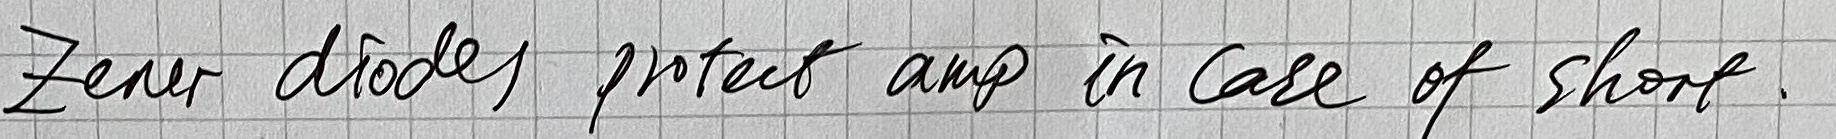
Text: zener diodes protect amp in case of short